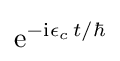
\mathrm {e} ^{-\mathrm {i} \epsilon _{c}\,t/\hbar }